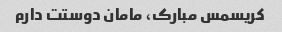
کریسمس مبارک، مامان دوستت دارم